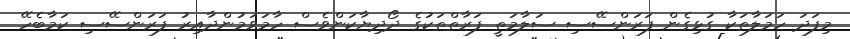
މިފަދަ ހަމަލާތަކާ ގުޅިގެން ފަރަންސޭސި ސަލާމަތީ ފަރާތްތަކުގެ ދޯދިޔާކަންވެސް ހާމަވަމުންދާއިރު ފަރަންސޭސި ކަމާބެހޭ